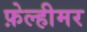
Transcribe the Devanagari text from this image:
फ़ेल्हीमर